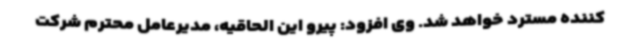
کننده مسترد خواهد شد. وی افزود: پیرو این الحاقیه، مدیرعامل محترم شرکت